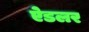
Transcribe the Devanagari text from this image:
ऐडलर